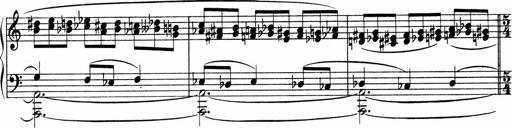
Title: Sonatina No.4
Composer: Abram Kimmell
Key: E minor